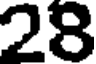
28